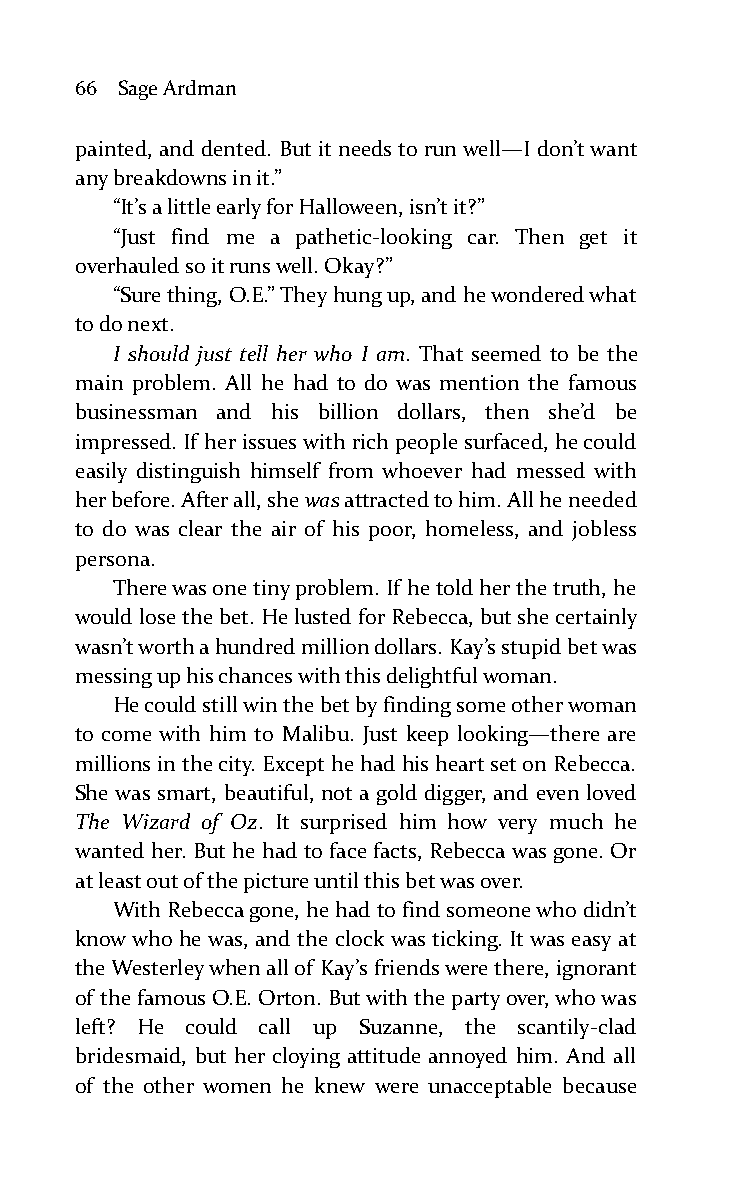
66 Sage Ardman
 painted, and dented. But it needs to run well—I don’t want
 any breakdowns in it.”
 “It’s a little early for Halloween, isn’t it?”
 “Just find me a pathetic-looking car. Then get it
 overhauled so it runs well. Okay?”
 “Sure thing, O.E.” They hung up, and he wondered what
 to do next.
 I should just tell her who I am. That seemed to be the
 main problem. All he had to do was mention the famous
 businessman and his billion dollars, then she’d be
 impressed. If her issues with rich people surfaced, he could
 easily distinguish himself from whoever had messed with
 her before. After all, she was attracted to him. All he needed
 to do was clear the air of his poor, homeless, and jobless
 persona.
 There was one tiny problem. If he told her the truth, he
 would lose the bet. He lusted for Rebecca, but she certainly
 wasn’t worth a hundred million dollars. Kay’s stupid bet was
 messing up his chances with this delightful woman.
 He could still win the bet by finding some other woman
 to come with him to Malibu. Just keep looking—there are
 millions in the city. Except he had his heart set on Rebecca.
 She was smart, beautiful, not a gold digger, and even loved
 The Wizard of Oz. It surprised him how very much he
 wanted her. But he had to face facts, Rebecca was gone. Or
 at least out of the picture until this bet was over.
 With Rebecca gone, he had to find someone who didn’t
 know who he was, and the clock was ticking. It was easy at
 the Westerley when all of Kay’s friends were there, ignorant
 of the famous O.E. Orton. But with the party over, who was
 left? He could call up Suzanne, the scantily-clad
 bridesmaid, but her cloying attitude annoyed him. And all
 of the other women he knew were unacceptable because